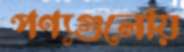
পণ্যগুলোয়